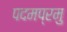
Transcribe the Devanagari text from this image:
पदमप्रमु